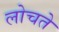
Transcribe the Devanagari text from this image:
लोचते